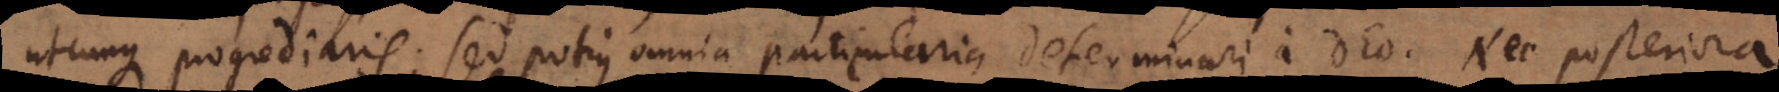
circuli progrediaris: sed potius omnia particularia determinari a Deo. Nec [priora